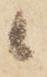
候